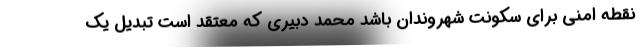
نقطه امني براي سكونت شهروندان باشد محمد دبيري كه معتقد است تبديل يك